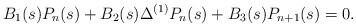
LaTeX: \begin{align*}B_1(s)P_{n}(s)+B_2(s)\Delta^{(1)}P_{n}(s)+B_3(s)P_{n+1}(s)=0.\end{align*}